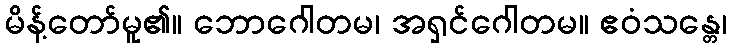
မိန့်တော်မူ၏။ ဘောဂေါတမ၊ အရှင်ဂေါတမ။ ဧဝံသန္တေ၊